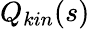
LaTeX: Q_{kin}(s)